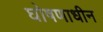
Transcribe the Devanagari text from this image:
घोषणाधीन